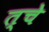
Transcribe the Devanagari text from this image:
त्चे